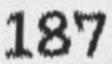
187